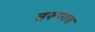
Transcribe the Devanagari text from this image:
तरूणच